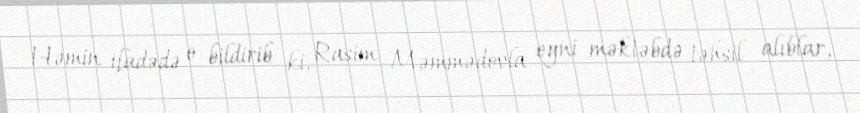
Həmin ifadədə o bildirib ki, Rasim Məmmədovla eyni məktəbdə təhsil alıblar,